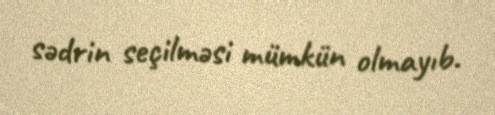
sədrin seçilməsi mümkün olmayıb.